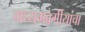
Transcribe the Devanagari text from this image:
मध्यमवर्गीयांचा